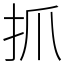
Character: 抓